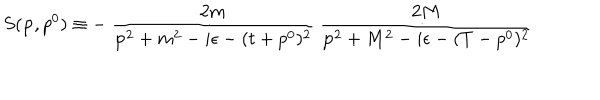
LaTeX: S ( { \bf p } , p ^ { 0 } ) \equiv - \: \frac { 2 m } { { \bf p } ^ { 2 } + m ^ { 2 } - i \epsilon - ( t + p ^ { 0 } ) ^ { 2 } } \: \frac { 2 M } { { \bf p } ^ { 2 } + M ^ { 2 } - i \epsilon - ( T - p ^ { 0 } ) ^ { 2 } }